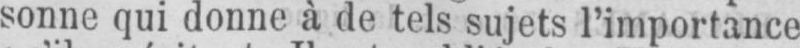
sonne qui donne à de tels sujets l’importance